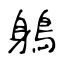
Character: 鵢